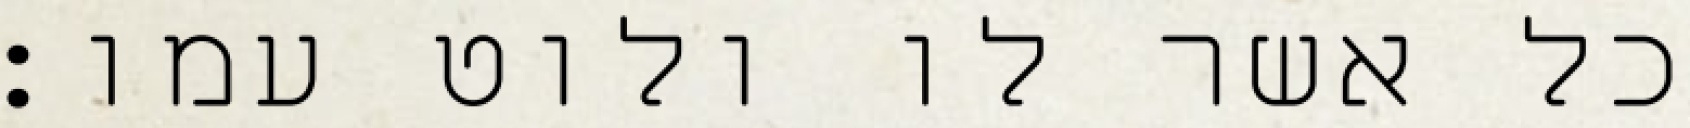
כל אשר לו ולוט עמו׃